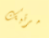
مرتبك